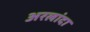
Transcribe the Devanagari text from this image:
अरलांदा